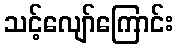
သင့်လျော်ကြောင်း